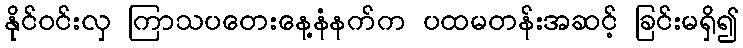
နိုင်ဝင်းလှ ကြာသပတေးနေ့နံနက်က ပထမတန်းအဆင့် ခြင်းမရှိ၍